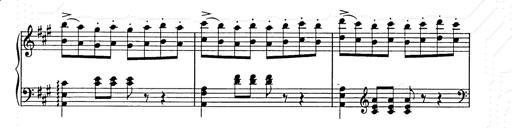
Title: Weihnachtsbaum
Composer: Franz Liszt